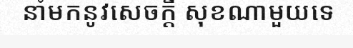
នាំមកនូវសេចក្តី សុខណាមួយទេ